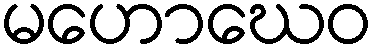
မဟောဃေဝ